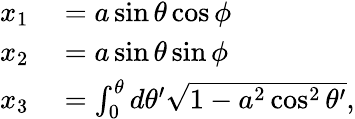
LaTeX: \begin{array}{rl}{x_{1}}&{{}=a\sin\theta\cos\phi}\\ {x_{2}}&{{}=a\sin\theta\sin\phi}\\ {x_{3}}&{{}=\int_{0}^{\theta}d\theta^{\prime}\sqrt{1-a^{2}\cos^{2}\theta^{\prime}},}\end{array}